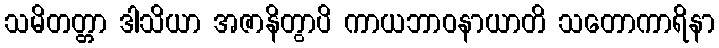
သမိတတ္တာ ဒါသိယာ အဇာနိတွာပိ ကာယဘာဝနာယာတိ သတောကာရိနာ